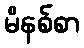
မိနစ်စာ